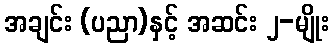
အချင်း (ပညာ)နှင့် အဆင်း ၂-မျိုး